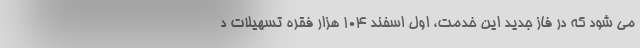
می شود که در فاز جدید این خدمت، اول اسفند 104 هزار فقره تسهیلات د